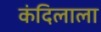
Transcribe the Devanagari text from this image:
कंदिलाला